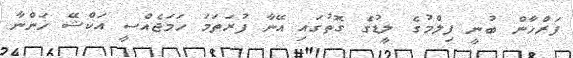
ފަރްހާން ބުނީ ފިލްމުގެ ލީޑުގެ ގޮތުގައި އޭނާ ފުރަތަމަ ހަމަޖެއްސީ އަކްޝޭ ޚަންނާ